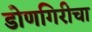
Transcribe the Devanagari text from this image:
डोणगिरीचा